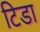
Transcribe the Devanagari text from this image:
टिडा